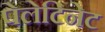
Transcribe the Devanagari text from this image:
पेलेटिनेट